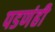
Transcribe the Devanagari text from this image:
पडणंही